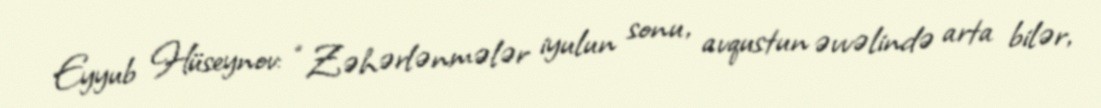
Eyyub Hüseynov: “Zəhərlənmələr iyulun sonu, avqustun əvvəlində arta bilər,